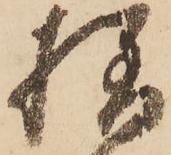
様